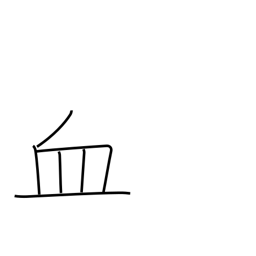
Meaning: blood